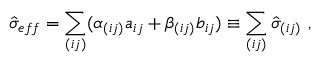
\hat { \sigma } _ { e f f } = \sum _ { ( i j ) } ( \alpha _ { ( i j ) } a _ { i j } + \beta _ { ( i j ) } b _ { i j } ) \equiv \sum _ { ( i j ) } \hat { \sigma } _ { ( i j ) } ~ ,